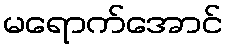
မရောက်အောင်